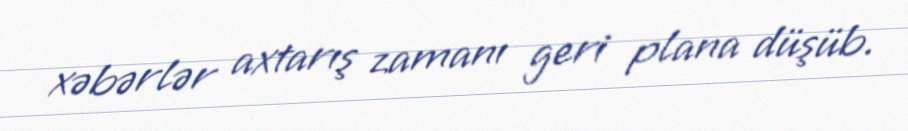
xəbərlər axtarış zamanı geri plana düşüb.